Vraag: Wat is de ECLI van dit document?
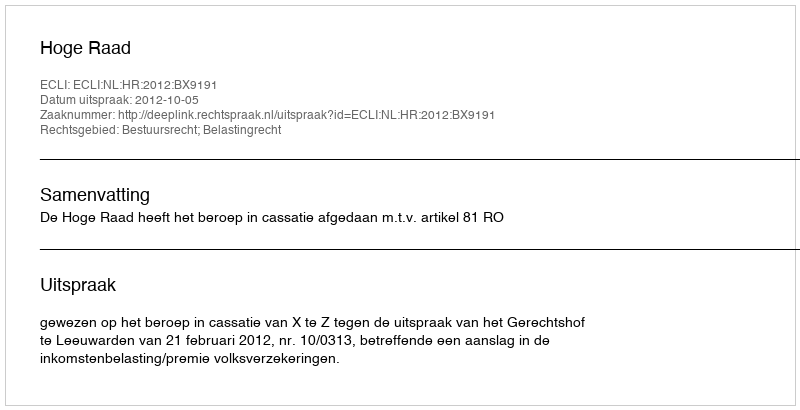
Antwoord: ECLI:NL:HR:2012:BX9191